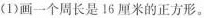
(1)画一个周长是16厘米的正方形。